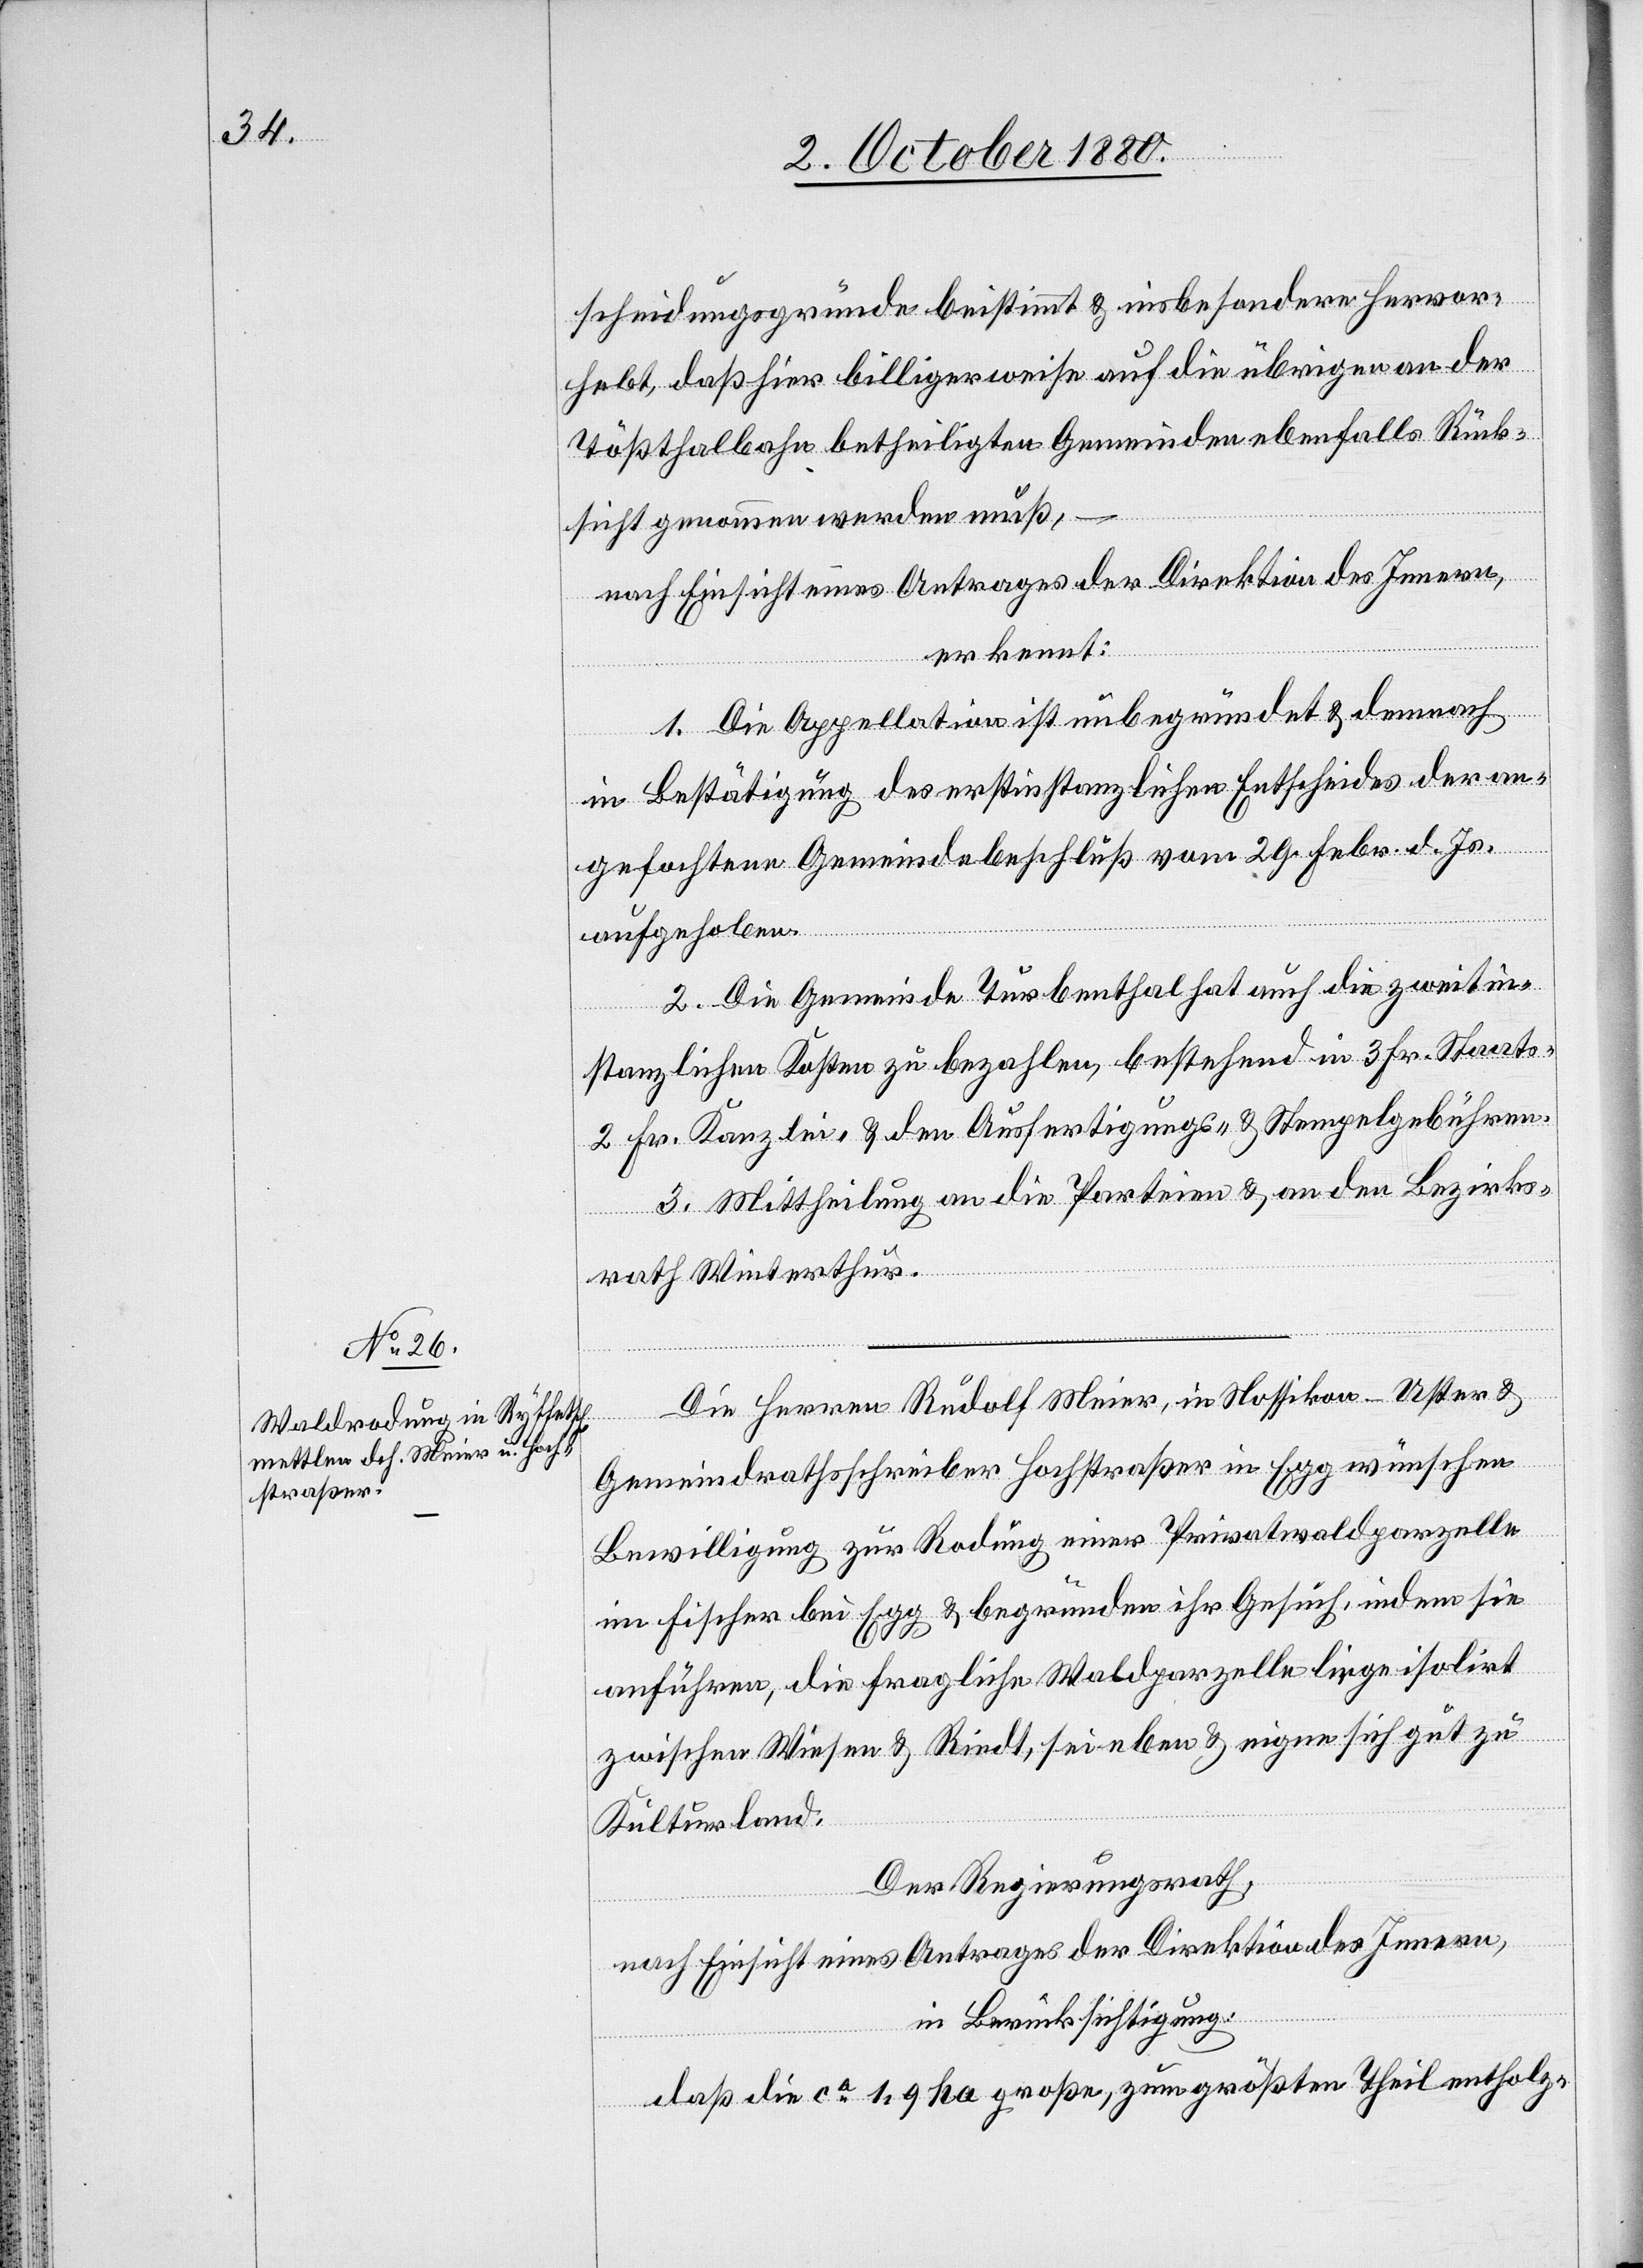
scheidungsgründen beistimmt & insbesondere hervor¬
hebt, daß hier billigerweise auf die übrigen an der
Tößthalbahn betheiligten Gemeinden ebenfalls Rück¬
sicht genommen werden muß,
nach Einsicht eines Antrages der Direktion des Innern,
erkennt:
1. Die Appellation ist unbegründet & dennoch
in Bestätigung des erstinstanzlichen Entscheides der an¬
gefochtene Gemeindebeschluß vom 29. Febr. d. Js.
aufgehoben.
2. Die Gemeinde Turbenthal hat auch die zweitin¬
stanzlichen Kosten zu bezahlen, bestehend in 3 Fr. Staats-
2 Fr. Kanzlei- & den Ausfertigungs- & Stempelgebühren.
3. Mittheilung an die Parteien & an den Bezirks¬
rath Winterthur.
Die Herren Rudolf Meier, in Nossikon - Uster &
Gemeindrathsschreiber Hochstraßer in Egg wünschen
Bewilligung zur Rodung einer Privatwaldparzelle
im Fischer bei Egg & begründen ihr Gesuch, indem sie
anführen, die fragliche Waldparzelle liege isolirt
zwischen Wiesen & Riedt, sei eben & eigne sich gut zu
Kulturland.
Der Regierungsrath,
nach Einsicht eines Antrages der Direktion des Innern,
in Berücksichtigung:
daß die ca 1,9 ha große, zum größten Theil entholz-